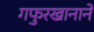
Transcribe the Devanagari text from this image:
गफुरखानाने